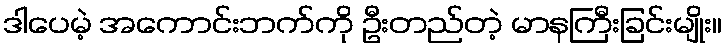
ဒါပေမဲ့ အကောင်းဘက်ကို ဦးတည်တဲ့ မာနကြီးခြင်းမျိုး။